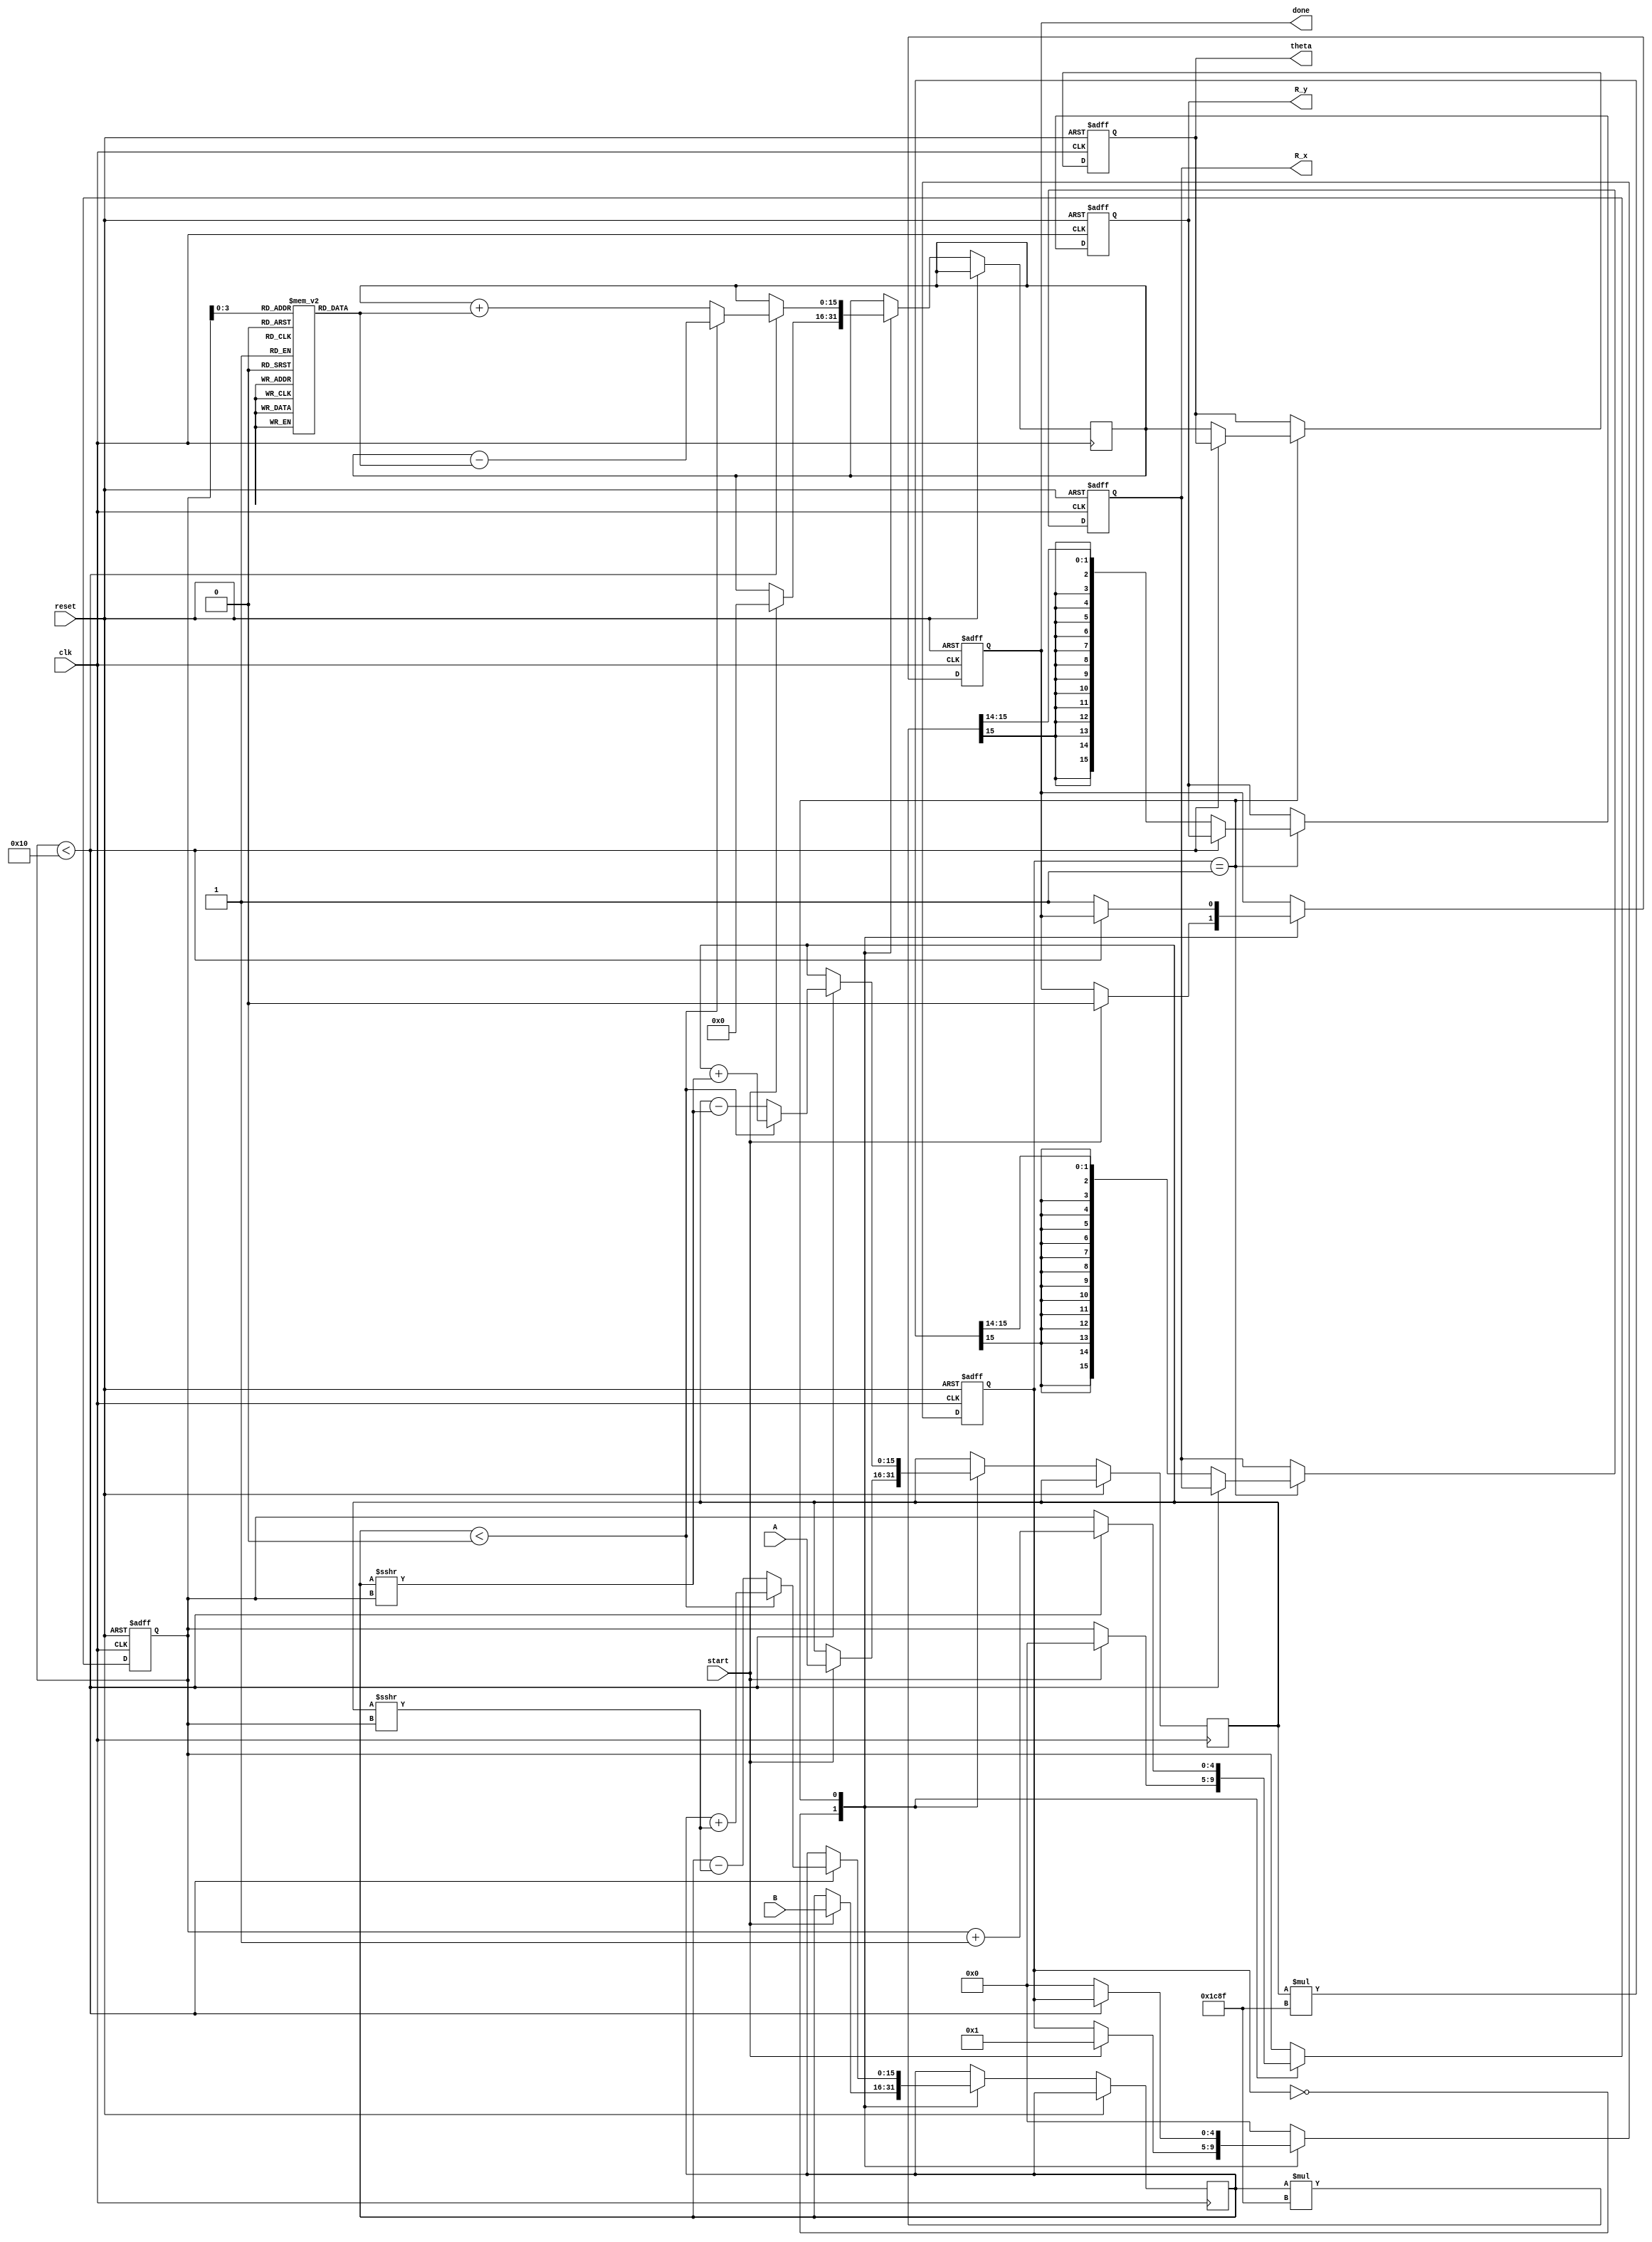
module vectoring_cordic #(
    parameter WIDTH = 16,         // Bit-width for fixed-point representation
    parameter ITERATIONS = 16     // Number of CORDIC iterations
)(
    input wire clk,               // Clock signal
    input wire reset,             // Asynchronous reset
    input wire start,             // Start signal for computation
    input wire signed [WIDTH-1:0] A, // Input x coordinate
    input wire signed [WIDTH-1:0] B, // Input y coordinate
    output reg signed [WIDTH-1:0] R_x, // Resultant x coordinate
    output reg signed [WIDTH-1:0] R_y, // Resultant y coordinate
    output reg signed [WIDTH-1:0] theta, // Computed angle
    output reg done               // Computation done flag
);

// Internal signals
reg [4:0] state;                 // State register
reg [4:0] iteration;             // Iteration counter
reg signed [WIDTH-1:0] x, y;     // Internal x and y coordinates
reg signed [WIDTH-1:0] z;        // Angle accumulator
reg signed [WIDTH-1:0] angle_table [0:ITERATIONS-1]; // Angle lookup table
reg signed [WIDTH-1:0] K;        // Scaling factor

// CORDIC angle lookup table (in radians)
initial begin
    angle_table[0] = 16'h2000; // atan(1) = /4
    angle_table[1] = 16'h12D4; // atan(0.5) = /6
    angle_table[2] = 16'h0A3D; // atan(0.25) = /12
    // Fill in the rest of the angles as needed...
end

// Scaling factor (K value) for the CORDIC algorithm
initial begin
    K = 16'h1C8F; // K = 1/sqrt(1 + 2^(-2n)) for n = 16
end

// State machine
always @(posedge clk or posedge reset) begin
    if (reset) begin
        state <= 0;
        iteration <= 0;
        R_x <= 0;
        R_y <= 0;
        theta <= 0;
        done <= 0;
    end else begin
        case (state)
            0: begin // Idle state
                if (start) begin
                    x <= A;
                    y <= B;
                    z <= 0;
                    iteration <= 0;
                    state <= 1; // Move to CORDIC iteration state
                    done <= 0;
                end
            end
            1: begin // CORDIC iteration state
                if (iteration < ITERATIONS) begin
                    if (y < 0) begin
                        x <= x + (y >>> iteration);
                        y <= y + (x >>> iteration);
                        z <= z - angle_table[iteration];
                    end else begin
                        x <= x - (y >>> iteration);
                        y <= y - (x >>> iteration);
                        z <= z + angle_table[iteration];
                    end
                    iteration <= iteration + 1;
                end else begin
                    R_x <= x * K >>> 14; // Apply scaling factor
                    R_y <= y * K >>> 14; // Apply scaling factor
                    theta <= z;
                    done <= 1; // Indicate computation is done
                    state <= 0; // Return to idle state
                end
            end
            default: state <= 0; // Reset to idle on unexpected state
        endcase
    end
end

endmodule